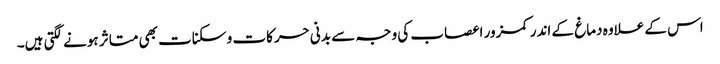
اس کے علاوہ دماغ کے اندر کمزور اعصاب کی وجہ سے بدنی حرکات و سکنات بھی متاثر ہونے لگتی ہیں۔